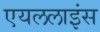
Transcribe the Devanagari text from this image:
एयललाइंस